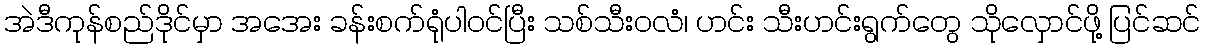
အဲဒီကုန်စည်ဒိုင်မှာ အအေး ခန်းစက်ရုံပါဝင်ပြီး သစ်သီးဝလံ၊ ဟင်း သီးဟင်းရွက်တွေ သိုလှောင်ဖို့ ပြင်ဆင်